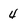
Character: 4